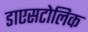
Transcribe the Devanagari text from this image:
डाएसटोलिक